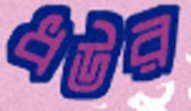
ধউর